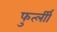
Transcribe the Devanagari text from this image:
फुर्त्लीी